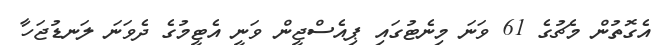
އެގޮތުން މެޗުގެ 61 ވަނަ މިނެޓުގައި ޕިއެސްޖީން ވަނީ އެޓީމުގެ ދެވަނަ ލަނޑުޖަހާ